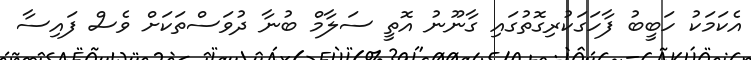
އެކަމަކު ހަބީބު ފާހަގަކުރިގޮތުގައި ގާނޫނު އޮތީ ސަލާމް ބުނާ ދުވަސްތަކަށް ވެސް ފައިސާ